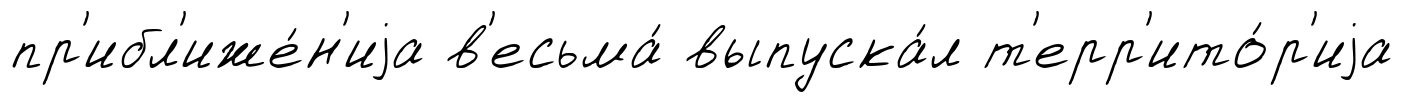
пр'ибл'иже́н'иjа в'есьма́ выпуска́л т'ерр'ито́р'иjа